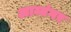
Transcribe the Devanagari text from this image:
अाय्यंगर